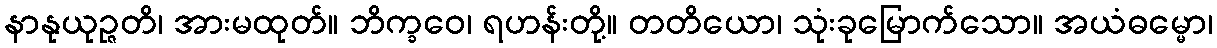
နာနုယုဉ္ဇတိ၊ အားမထုတ်။ ဘိက္ခဝေ၊ ရဟန်းတို့။ တတိယော၊ သုံးခုမြောက်သော။ အယံဓမ္မော၊